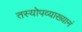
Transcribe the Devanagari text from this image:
तस्योपव्याख्यानं